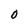
Character: 0